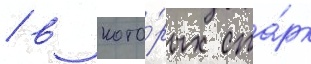
/ в кото́рых ста́рк